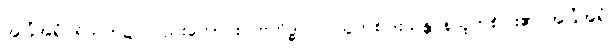
အခြံအရံပရိသတ်၌ လည်းကောင်း။ ဗဟိဒ္ဓ ဝါ၊ သူတစ်ပါးသန္တာန်သူတစ်ပါး၏ အခြံအရံ